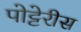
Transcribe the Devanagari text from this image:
पोट्टेरीस